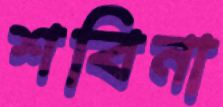
শবিনা